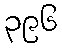
၃၉၆